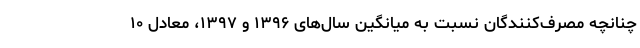
چنانچه مصرف‌کنندگان نسبت به میانگین سال‌های ۱۳۹۶ و ۱۳۹۷، معادل ۱۰